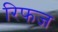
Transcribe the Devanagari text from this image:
रिफज